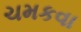
ચમકવા